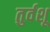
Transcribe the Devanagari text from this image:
तुर्वशू